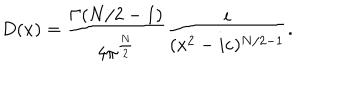
D ( x ) = \frac { \Gamma ( N / 2 - 1 ) } { 4 \pi ^ { \frac { N } { 2 } } } \frac { i } { ( x ^ { 2 } - i \varepsilon ) ^ { N / 2 - 1 } } .